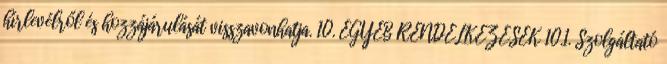
hírlevélről és hozzájárulását visszavonhatja. 10. EGYÉB RENDELKEZÉSEK 10.1. Szolgáltató